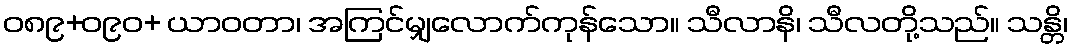
ဝ၈၉+ဝ၉၀+ ယာဝတာ၊ အကြင်မျှလောက်ကုန်သော။ သီလာနိ၊ သီလတို့သည်။ သန္တိ၊